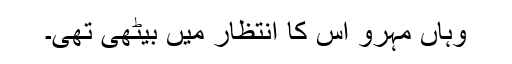
وہاں مہرو اس کا انتظار میں بیٹھی تھی۔